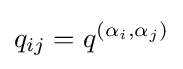
q_{ij}=q^{(\alpha _{i},\alpha _{j})}